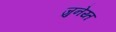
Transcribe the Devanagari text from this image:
जुनेय्त